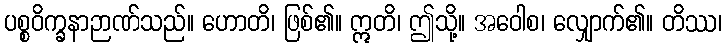
ပစ္စဝိက္ခနာဉာဏ်သည်။ ဟောတိ၊ ဖြစ်၏။ ဣတိ၊ ဤသို့။ အဝေါစ၊ လျှောက်၏။ တိဿ၊